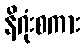
နိဂုံးစကား